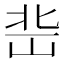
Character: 𡷒